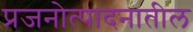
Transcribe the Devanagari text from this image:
प्रजनोत्पादनातील